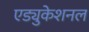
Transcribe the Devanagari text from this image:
एड्युकेशनल